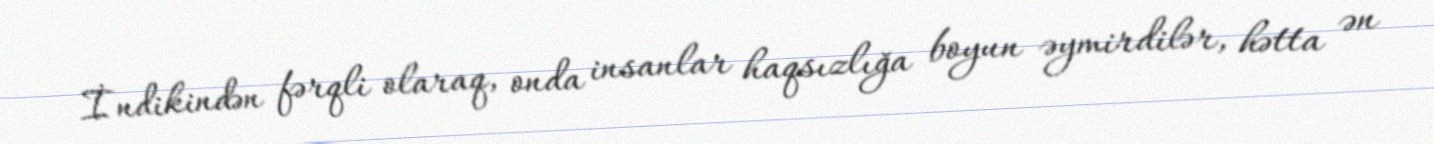
İndikindən fərqli olaraq, onda insanlar haqsızlığa boyun əymirdilər, hətta ən